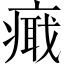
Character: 𤹚